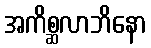
အကိစ္ဆလာဘိနော